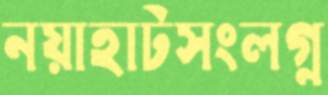
নয়াহাটসংলগ্ন